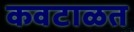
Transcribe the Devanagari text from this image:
कवटाळत